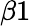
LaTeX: \beta 1